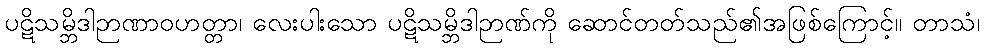
ပဋိသမ္ဘိဒါဉာဏာဝဟတ္တာ၊ လေးပါးသော ပဋိသမ္ဘိဒါဉာဏ်ကို ဆောင်တတ်သည်၏အဖြစ်ကြောင့်။ တာသံ၊